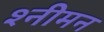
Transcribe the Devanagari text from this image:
श्नीमन